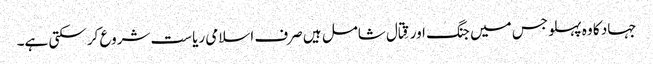
جہاد کا وہ پہلو جس میں جنگ اور قِتال شامل ہیں صرف اسلامی ریاست شروع کر سکتی ہے۔